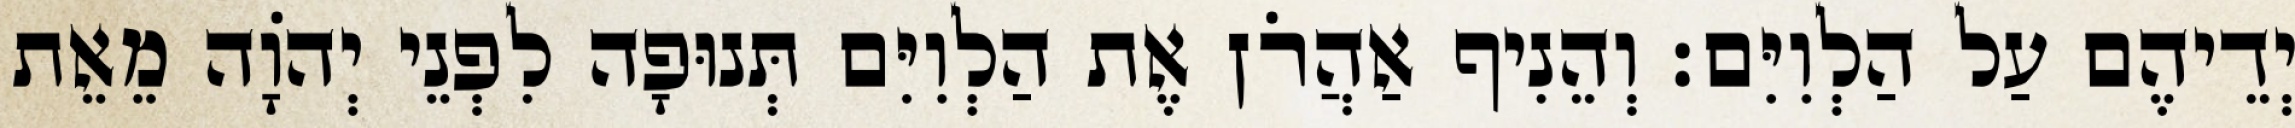
יְדֵיהֶם עַל הַלְוִיִּם׃ וְהֵנִיף אַהֲרֹן אֶת הַלְוִיִּם תְּנוּפָה לִפְנֵי יְהֹוָה מֵאֵת